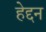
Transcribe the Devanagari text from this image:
हेद्दन